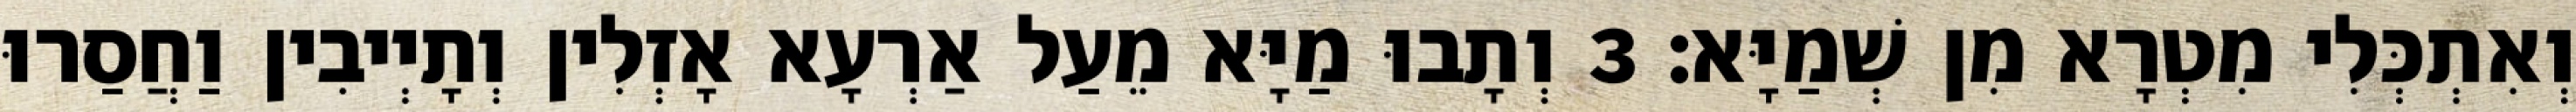
וְאִתְכְּלִי מִטְרָא מִן שְׁמַיָּא׃ 3 וְתָבוּ מַיָּא מֵעַל אַרְעָא אָזְלִין וְתָיְיבִין וַחֲסַרוּ